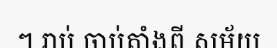
ៗ រាប់ ចាប់តាំងពី សម័យ